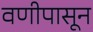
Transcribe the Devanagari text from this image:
वणीपासून